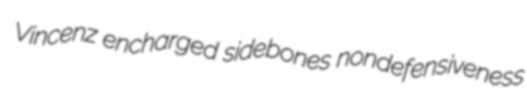
Vincenz encharged sidebones nondefensiveness